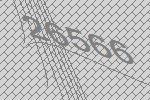
26566